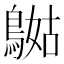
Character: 𪂯